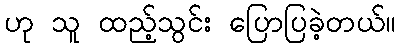
ဟု သူ ထည့်သွင်း ပြောပြခဲ့တယ်။